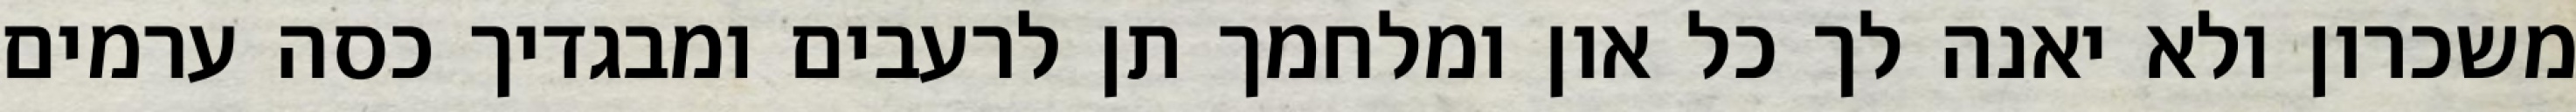
משכרון ולא יאנה לך כל און ומלחמך תן לרעבים ומבגדיך כסה ערמים